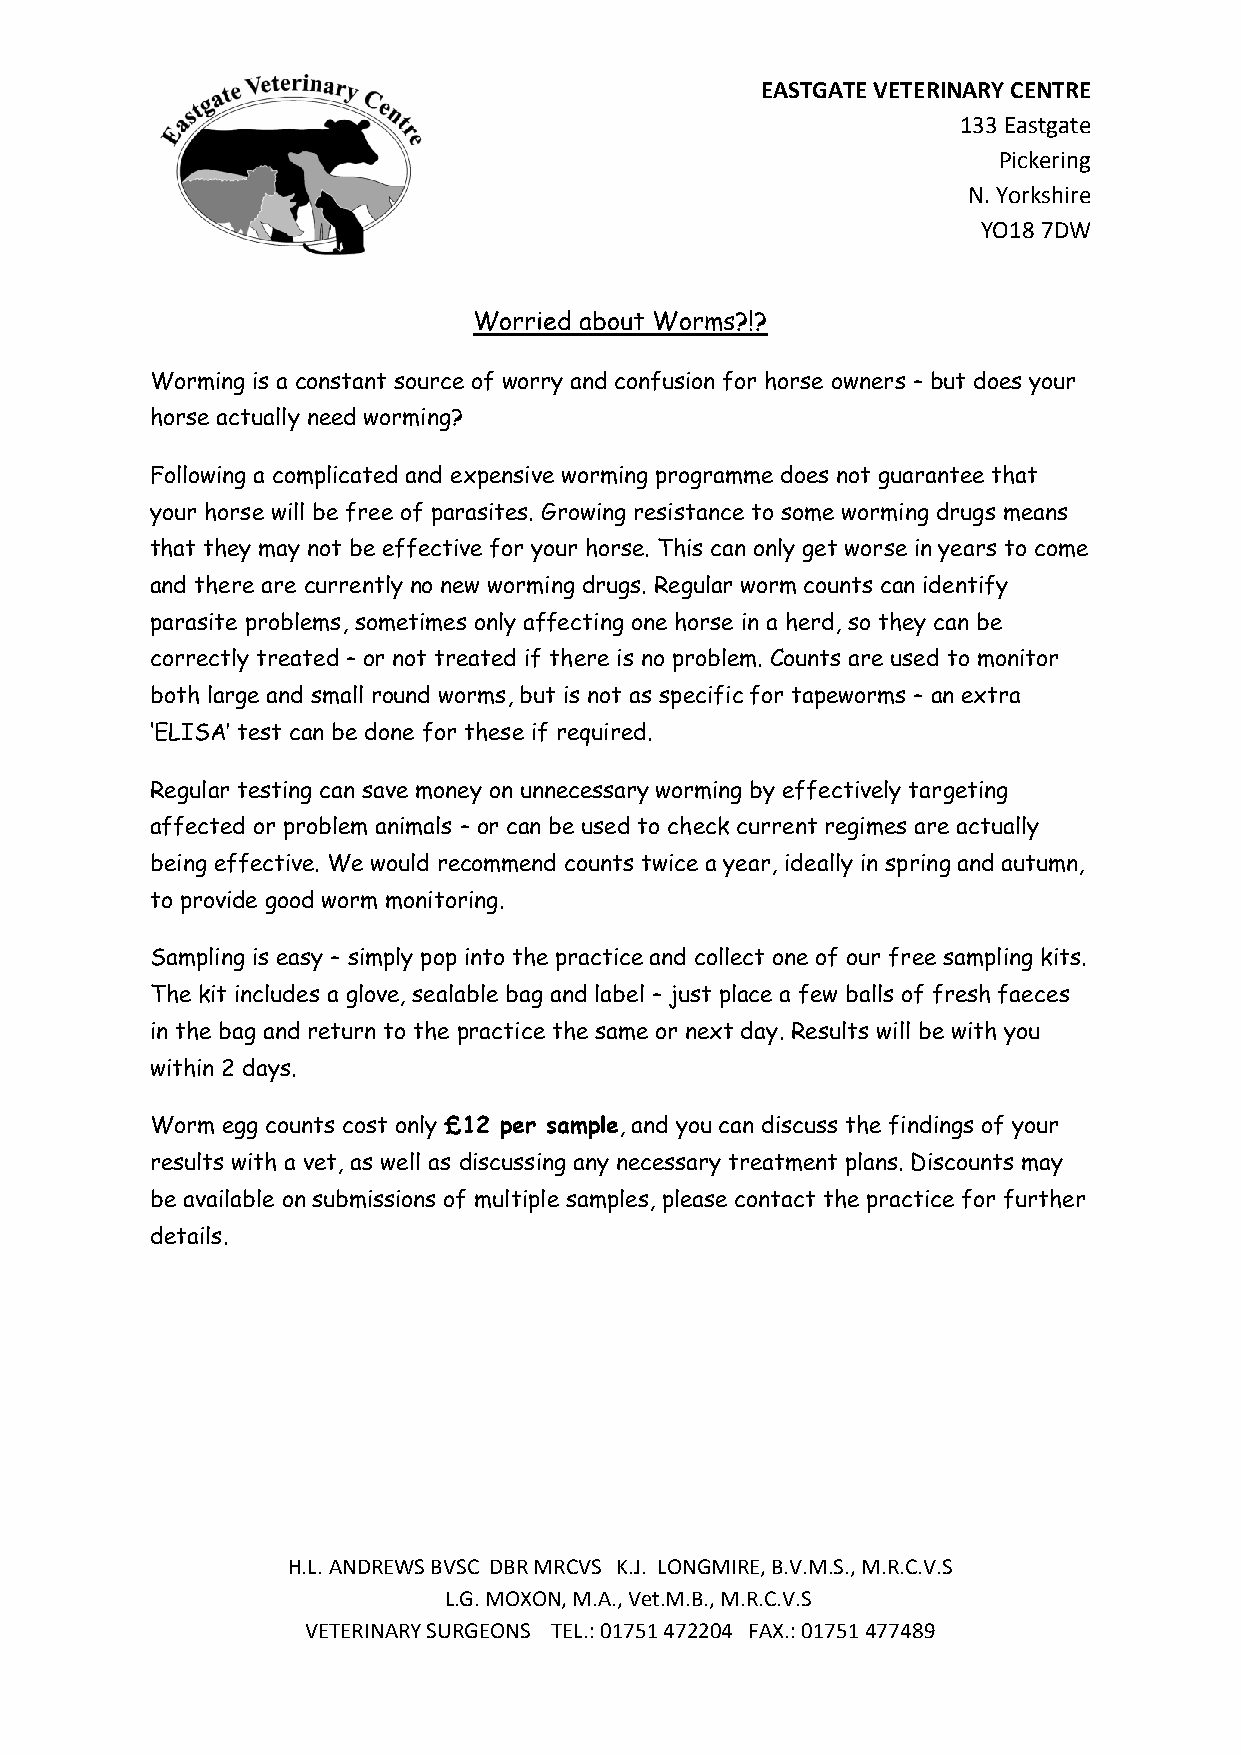
EASTGATE VETERINARY CENTRE
 133 Eastgate
 Pickering
 N. Yorkshire
 YO18 7DW
 Worried about Worms?!?
 Worming is a constant source of worry and confusion for horse owners – but does your
 horse actually need worming?
 Following a complicated and expensive worming programme does not guarantee that
 your horse will be free of parasites. Growing resistance to some worming drugs means
 that they may not be effective for your horse. This can only get worse in years to come
 and there are currently no new worming drugs. Regular worm counts can identify
 parasite problems, sometimes only affecting one horse in a herd, so they can be
 correctly treated – or not treated if there is no problem. Counts are used to monitor
 both large and small round worms, but is not as specific for tapeworms – an extra
 ‘ELISA’ test can be done for these if required.
 Regular testing can save money on unnecessary worming by effectively targeting
 affected or problem animals – or can be used to check current regimes are actually
 being effective. We would recommend counts twice a year, ideally in spring and autumn,
 to provide good worm monitoring.
 Sampling is easy – simply pop into the practice and collect one of our free sampling kits.
 The kit includes a glove, sealable bag and label – just place a few balls of fresh faeces
 in the bag and return to the practice the same or next day. Results will be with you
 within 2 days.
 Worm egg counts cost only £12 per sample, and you can discuss the findings of your
 results with a vet, as well as discussing any necessary treatment plans. Discounts may
 be available on submissions of multiple samples, please contact the practice for further
 details.
 H.L. ANDREWS BVSC DBR MRCVS K.J. LONGMIRE, B.V.M.S., M.R.C.V.S
 L.G. MOXON, M.A., Vet.M.B., M.R.C.V.S
 VETERINARY SURGEONS TEL.: 01751 472204 FAX.: 01751 477489